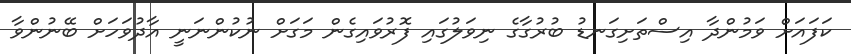
ކަފައަށް ވަމުންދާ އިސްތަށިގަނޑު ބުރުގާގެ ނިވަލުގައި ފޮރުވައިގެން މަގަށް ނުކުންނަނީ އާދުވަހަށް ބޭނުންވާ